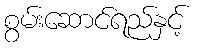
စွမ်းဆောင်ရည်နှင့်